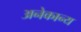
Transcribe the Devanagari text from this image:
अनेकान्य